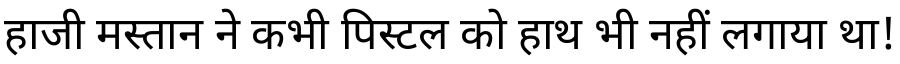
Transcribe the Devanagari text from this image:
हाजी मस्तान ने कभी पिस्टल को हाथ भी नहीं लगाया था!